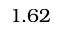
1 . 6 2